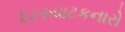
દટરયાટકનારો